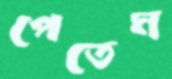
পেতেম